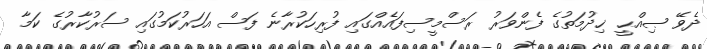
ދެވޭ ޞިއްޙީ ޚިދުމަތުގެ ފެންވަރު ރަސްމީސިފައެއްގައި ފުރިހަކުރާނެ ފަސް އަހަރުކަމުގައި ސަރުކާރުގެ ކަމާ